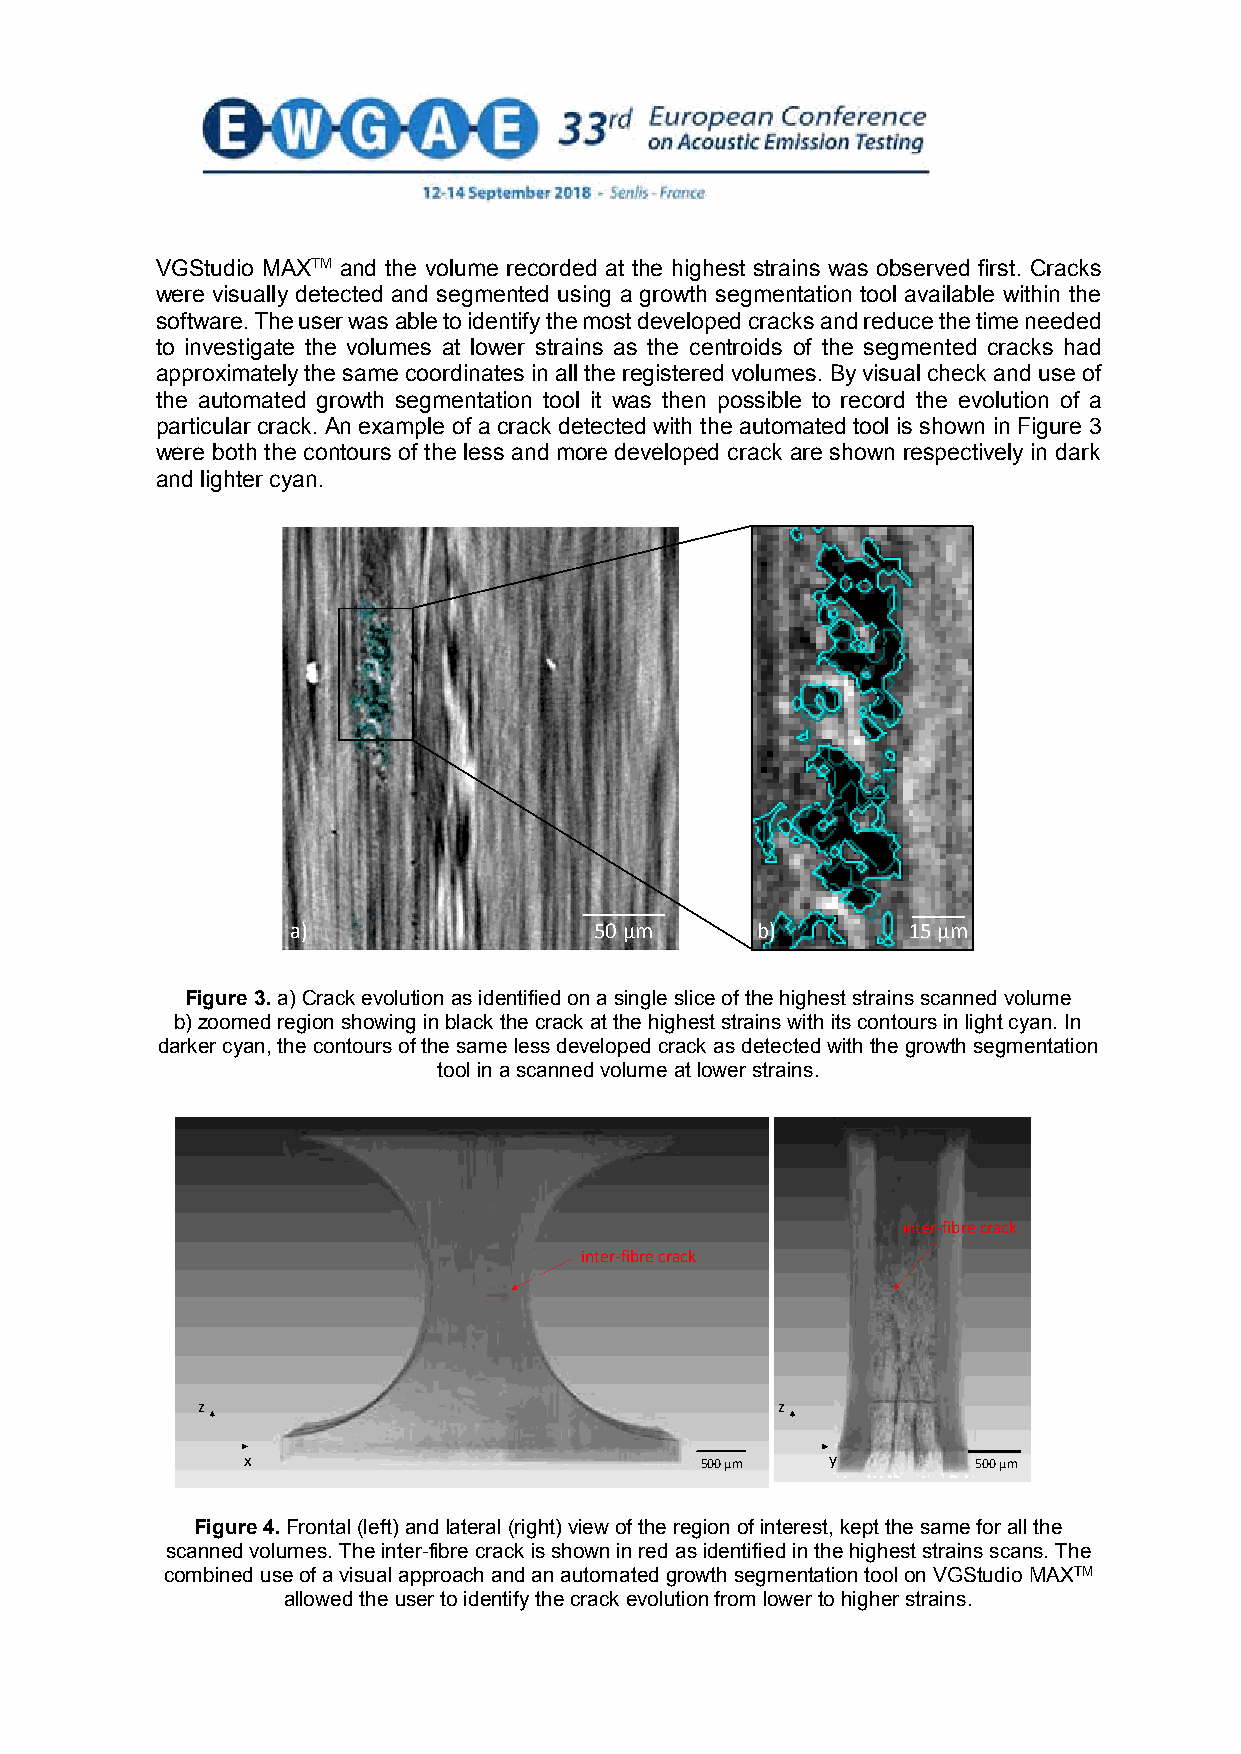
VGStudio MAXTM and the volume recorded at the highest strains was observed first. Cracks
 were visually detected and segmented using a growth segmentation tool available within the
 software. The user was able to identify the most developed cracks and reduce the time needed
 to investigate the volumes at lower strains as the centroids of the segmented cracks had
 approximately the same coordinates in all the registered volumes. By visual check and use of
 the automated growth segmentation tool it was then possible to record the evolution of a
 particular crack. An example of a crack detected with the automated tool is shown in Figure 3
 were both the contours of the less and more developed crack are shown respectively in dark
 and lighter cyan.
 a)                  50 µm      b)        15 µm
 Figure 3. a) Crack evolution as identified on a single slice of the highest strains scanned volume
 b) zoomed region showing in black the crack at the highest strains with its contours in light cyan. In
 darker cyan, the contours of the same less developed crack as detected with the growth segmentation
 tool in a scanned volume at lower strains.
 inter-fibrecrack
 inter-fibrecrack
 z                                     z
 x                             500 µm   y         500 µm
 Figure 4. Frontal (left) and lateral (right) view of the region of interest, kept the same for all the
 scanned volumes. The inter-fibre crack is shown in red as identified in the highest strains scans. The
 combined use of a visual approach and an automated growth segmentation tool on VGStudio MAXTM
 allowed the user to identify the crack evolution from lower to higher strains.
 6